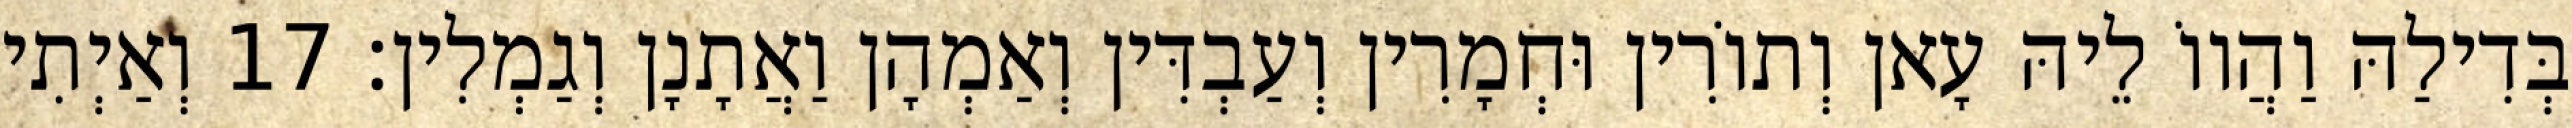
בְּדִילַהּ וַהֲווֹ לֵיהּ עָאן וְתוֹרִין וּחְמָרִין וְעַבְדִּין וְאַמְהָן וַאֲתָנָן וְגַמְלִין׃ 17 וְאַיְתִי